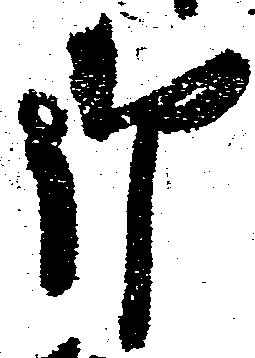
御